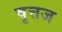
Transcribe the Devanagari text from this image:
वृत्तज